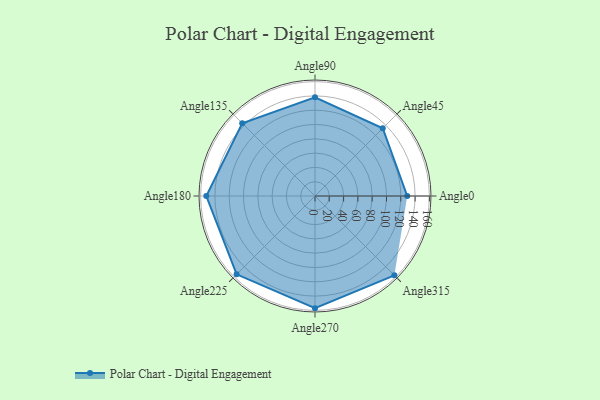
{"axis": {"x": "Angle", "y": "Radius"}, "legend": [""], "data": [{"x": "Angle0", "y": 129.0, "type": ""}, {"x": "Angle45", "y": 134.0, "type": ""}, {"x": "Angle90", "y": 138.0, "type": ""}, {"x": "Angle135", "y": 144.0, "type": ""}, {"x": "Angle180", "y": 152.0, "type": ""}, {"x": "Angle225", "y": 155.0, "type": ""}, {"x": "Angle270", "y": 157.0, "type": ""}, {"x": "Angle315", "y": 157.0, "type": ""}]}